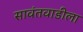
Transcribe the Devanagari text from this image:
सावंतवाडीला